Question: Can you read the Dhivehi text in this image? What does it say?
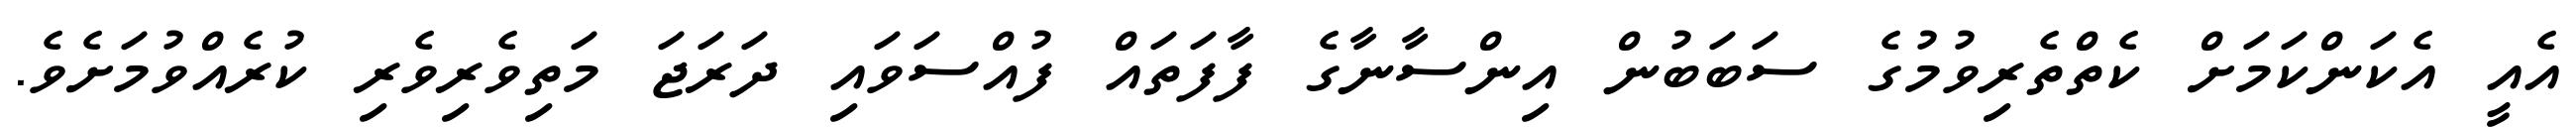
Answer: އެއީ އެކަންކަމަށް ކެތްތެރިވުމުގެ ސަބަބުން އިންސާނާގެ ފާފަތައް ފުއްސަވައި ދަރަޖަ މަތިވެރިވެރި ކުރެއްވުމަށެވެ.